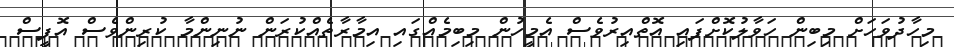
މިހާދުވަހަށް މިބިން ހަވާލުކޮށްފައި އޮތްއިރުވެސް އެމީހުން މިބިމެއްގައި އިމާރާތެއްކުރަން ނުނިންމާ ކުރިންވެސް އޮފީސް